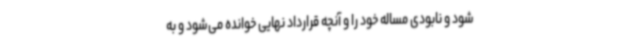
شود و نابودی مساله خود را و آنچه قرارداد نهایی خوانده می‌شود و به